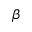
\beta